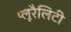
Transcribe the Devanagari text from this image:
प्लूरैलिटी